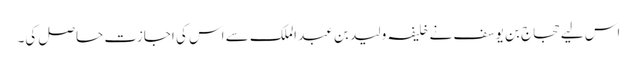
اس لیے حجاج بن یوسف نے خلیفہ ولید بن عبد الملک سے اس کی اجازت حاصل کی۔